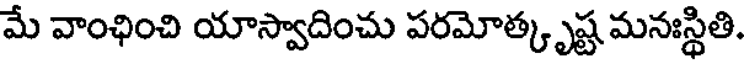
మే వాంఛించి యాస్వాదించు పరమోత్కృష్ట మనఃస్థితి.